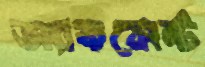
অ্যাকসেন্ট